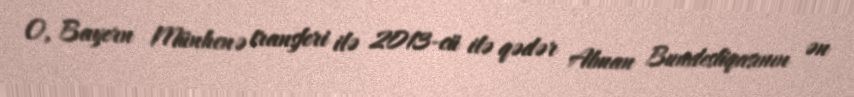
O, Bayern Münhenə transferi ilə 2013-cü ilə qədər Alman Bundesliqasının ən